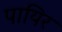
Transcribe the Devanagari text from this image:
पायिर